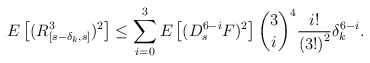
\begin{align*}E\left[( R_{[s-\delta _{k},s]}^{3}) ^{2}\right]\leq\sum_{i=0}^{3}E\left[ ( D_{s}^{6-i}F) ^{2}\right] {\binom{3}{i}}^{4}\frac{i!}{\left( 3!\right) ^{2}}\delta _{k}^{6-i}. \end{align*}